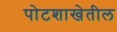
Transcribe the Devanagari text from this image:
पोटशाखेतील